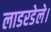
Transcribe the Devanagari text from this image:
लाडरडेले।